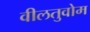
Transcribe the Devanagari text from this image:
वीलतुवोम